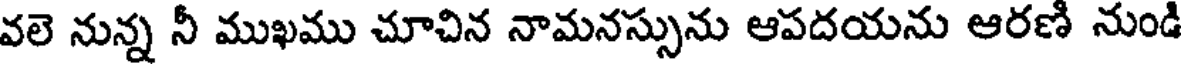
వలె నున్న నీ ముఖము చూచిన నామనస్సును ఆపదయను ఆరణి నుండి